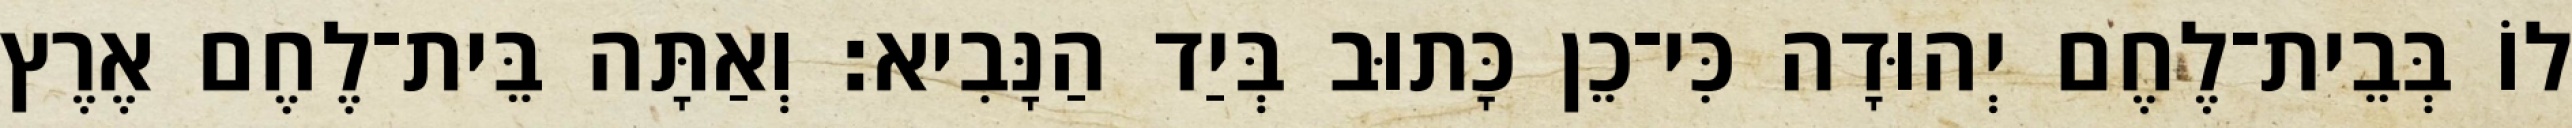
לוֹ בְּבֵית־לֶחֶם יְהוּדָה כִּי־כֵן כָּתוּב בְּיַד הַנָּבִיא׃ וְאַתָּה בֵּית־לֶחֶם אֶרֶץ